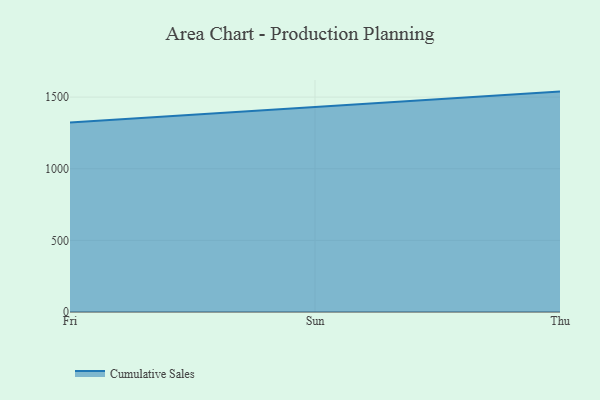
{"axis": {"x": "Day", "y": "LTV (USD)"}, "legend": ["Cumulative Sales"], "data": [{"x": "Fri", "y": 1322.2, "type": "Cumulative Sales"}, {"x": "Sun", "y": 1429.9, "type": "Cumulative Sales"}, {"x": "Thu", "y": 1538.4, "type": "Cumulative Sales"}]}